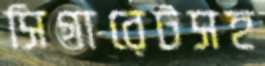
সিগারেটসহ